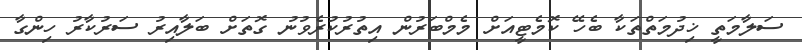
ސަލާމަތީ ޚިދުމަތްތަކާ ބެހޭ ކޮމެޓީއަށް މެމްބަރުން އިތުރުކުރެވުނު ގޮތަށް ބަލާއިރު ސަރުކާރު ހިންގާ